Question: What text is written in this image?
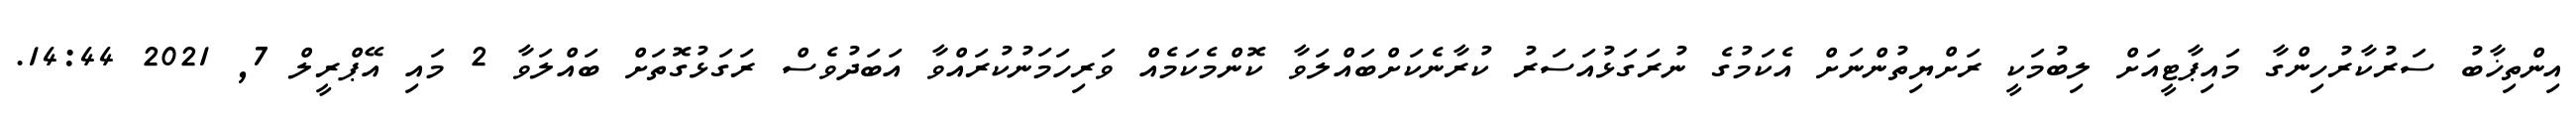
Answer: އިންތިޚާބު ސަރުކާރުހިންގާ މައިޕާޓީއަށް ލިބުމަކީ ރަށްޔިތުންނަށް އެކަމުގެ ނުރަގަޅުއަސަރު ކުރާނެކަށްބައްލަވާ ކޮންމެކަމެއް ވަރިހަމަނުކުރައްވާ އަބަދުވެސް ރަގަޅުގޮތަށް ބައްލަވާ 2 މައި އޭޕްރީލް 7, 2021 14:44.